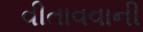
વીતાવવાની